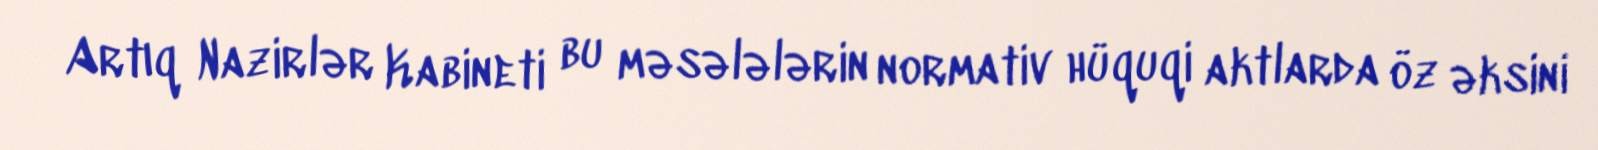
Artıq Nazirlər Kabineti bu məsələlərin normativ hüquqi aktlarda öz əksini